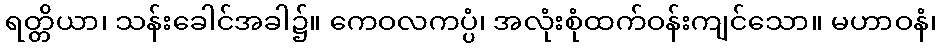
ရတ္တိယာ၊ သန်းခေါင်အခါ၌။ ကေဝလကပ္ပံ၊ အလုံးစုံထက်ဝန်းကျင်သော။ မဟာဝနံ၊